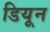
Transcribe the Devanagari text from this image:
डियून